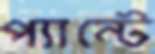
প্যান্টে